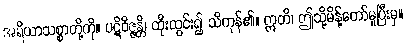
အရိယာသစ္စာတို့ကို။ ပဋိဝိဇ္ဇန္တိ၊ ထိုးထွင်း၍ သိကုန်၏။ ဣတိ၊ ဤသို့မိန့်တော်မူပြီးမှ။